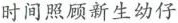
时间照顾新生幼仔